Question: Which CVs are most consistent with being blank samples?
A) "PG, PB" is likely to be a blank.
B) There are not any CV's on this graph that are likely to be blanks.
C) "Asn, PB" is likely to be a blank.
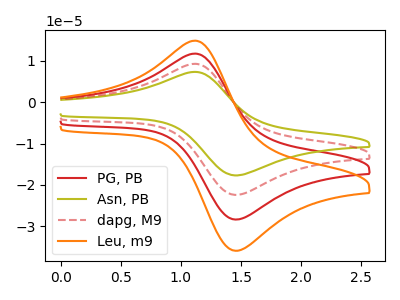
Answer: <think>The red curve "PG, PB" has an anodic peak at (1.10V, 11.75uA) and a cathodic peak at (1.50V, -28.35uA). The olive curve "Asn, PB" has an anodic peak at (1.10V, 35.30uA) and a cathodic peak at (1.50V, -85.10uA). The red dashed curve "dapg, M9" has an anodic peak at (1.10V, 23.55uA) and a cathodic peak at (1.50V, -56.75uA). The orange curve "Leu, m9" has an anodic peak at (1.10V, 14.90uA) and a cathodic peak at (1.50V, -35.90uA).</think>
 <answer>B) There are not any CV's on this graph that are likely to be blanks.</answer>
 <eval>B</eval>